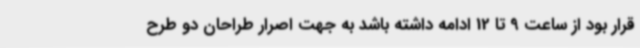
قرار بود از ساعت 9 تا 12 ادامه داشته باشد به جهت اصرار طراحان دو طرح